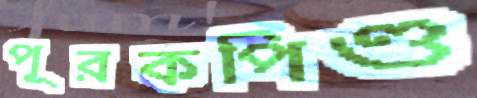
পূরকপিণ্ড